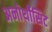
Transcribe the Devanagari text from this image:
अनोर्थोसिट